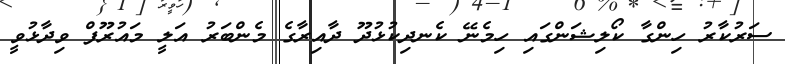
ސަރުކާރު ހިންގާ ކޯލިޝަންގައި ހިމެނޭ ކެނދިކުޅުދޫ ދާއިރާގެ މެންބަރު އަލީ މައުރޫފް ވިދާޅުވީ